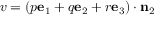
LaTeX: v = ( p \mathbf { e } _ { 1 } + q \mathbf { e } _ { 2 } + r \mathbf { e } _ { 3 } ) \cdot \mathbf { n } _ { 2 }